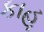
કાહૂ